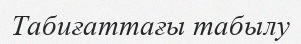
Табиғаттағы табылу